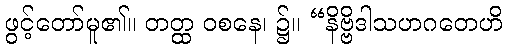
ဖွင့်တော်မူ၏။ တတ္ထ ဝစနေ၊ ၌။ “နိဗ္ဗိဒါသဟဂတေဟိ